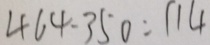
4 6 4 - 3 5 0 = 1 1 4